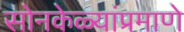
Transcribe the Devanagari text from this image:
सोनकेळ्यांप्रमाणे